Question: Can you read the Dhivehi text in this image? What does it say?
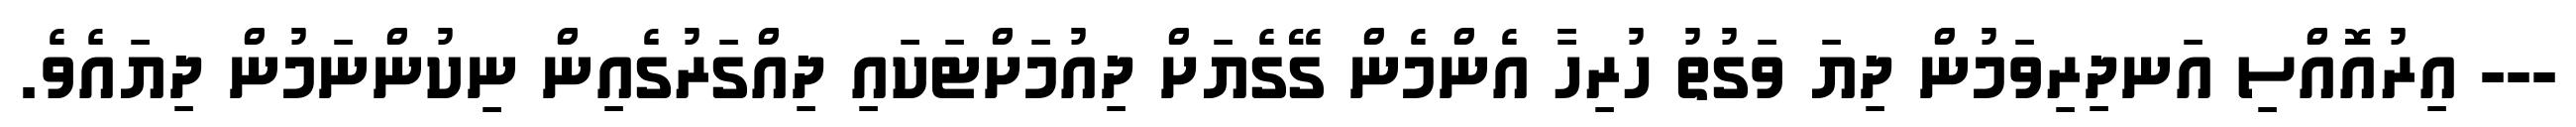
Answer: --- އިރުއޮއްސި އަނދިރިވަމުން ދިޔަ ވަގުތު ހުރިހާ އެންމެން ގޭގެޔަށް ދިއުމަށްޓަކައި ދިއްގަރުގެއިން ނިކުންނަމުން ދިޔައެވެ.